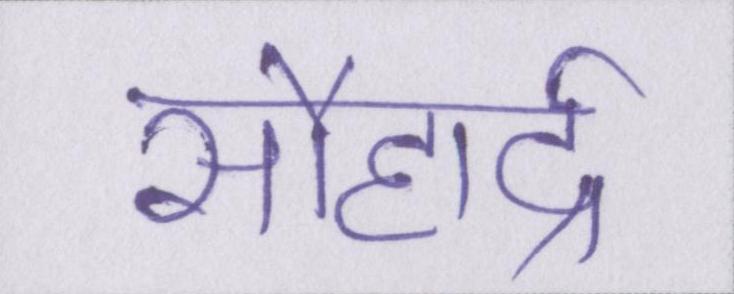
सौहार्द्र